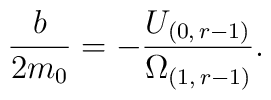
\frac{b}{2m_{0}}=-\frac{U_{(0,\,r-1)}}{\Omega_{(1,\, r-1)}}.